Report on plague and inoculation in the Punjab from October 1st ... to September 30th..., being the ... season of plague in the province
Disease focus: Plague
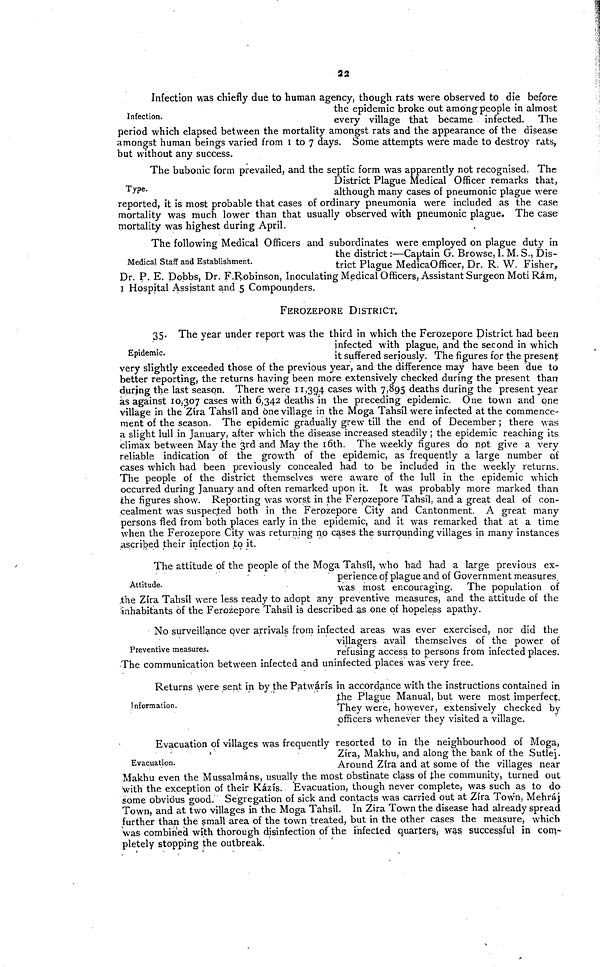
22
Infection.
Infection was chiefly due to human agency, though rats were observed to die before
the epidemic broke out among people in almost
every village that became infected. The
period which elapsed between the mortality amongst rats and the appearance of the disease
amongst human beings varied from 1 to 7 days. Some attempts were made to destroy rats,
but without any success.
Type.
The bubonic form prevailed, and the septic form was apparently not recognised. The
District Plague Medical Officer remarks that,
although many cases of pneumonic plague were
reported, it is most probable that cases of ordinary pneumonia were included as the case
mortality was much lower than that usually observed with pneumonic plague. The case
mortality was highest during April.
Medical Staff and Establishment.
The following Medical Officers and subordinates were employed on plague duty in
the district :—Captain G. Browse, I. M. S., Dis-
trict Plague MedicaOfficer, Dr. R. W. Fisher,
Dr. P. E. Dobbs, Dr. F.Robinson, Inoculating Medical Officers, Assistant Surgeon MotiRám,
1 Hospital Assistant and 5 Compounders.
FEROZEPORE DISTRICT.
Epidemic.
35. The year under report was the third in which the Ferozepore District had been
infected with plague, and the second in which
it suffered seriously. The figures for the present
very slightly exceeded those of the previous year, and the difference may have been due to
better reporting, the returns having been more extensively checked during the present than
during the last season. There were 11,394 cases with 7,895 deaths during the present year
as against 10,307 cases with 6,342 deaths in the preceding epidemic. One town and one
village in the Zíra Tahsíl and one village in the Moga Tahsíl were infected at the commence-
ment of the season. The epidemic gradually grew till the end of December ; there was
a slight lull in January, after which the disease increased steadily ; the epidemic reaching its
climax between May the 3rd and May the 16th. The weekly figures do not give a very
reliable indication of the growth of the epidemic, as frequently a large number of
cases which had been previously concealed had to be included in the weekly returns.
The people of the district themselves were aware of the lull in the epidemic which
occurred during January and often remarked upon it. It was probably more marked than
the figures show. Reporting was worst in the Ferpzepore Tahsíl, and a great deal of con-
cealment was suspected both in the Ferpzepore City and Cantonment. A great many
persons fled from both places early in the epidemic, and it was remarked that at a time
when the Ferozepore City was returning no cases the surrounding villages in many instances
ascribed their infection to it.
Attitude.
The attitude of the people of the Moga Tahsíl, who had had a large previous ex-
perience of plague and of Government measures,
was most encouraging. The population of
,the Zíra Tahsíl were less ready to adopt any preventive measures, and the attitude of the
inhabitants of the Ferozepore Tahsíl is described as one of hopeless apathy.
Preventive measures.
No surveillance over arrivals from infected areas was ever exercised, nor did the
villagers avail themselves of the power of
refusing access to persons from infected places.
The communication between infected and uninfected places was very free.
Information.
Returns were sent in by the Patwárís in accordance with the instructions contained in
the Plague Manual, but were most imperfect.
They were, however, extensively checked by
officers whenever they visited a village.
Evacuation.
Evacuation of villages was frequently resorted to in the neighbourhood of Moga,
Zíra, Makhu, and along the bank of the Sutlej.
Around Zíra and at some of the villages near
Makhu even the Mussalmáns, usually the most obstinate class of the community, turned out
with the exception of their Kázís. Evacuation, though never complete, was such as to do
some obvious good. Segregation of sick and contacts was carried out at Zíra Town, Mehráj
Town, and at two villages in the Moga Tahsíl. In Zíra Town the disease had already spread
further than the small area of the town treated, but in the other cases the measure, which
was combined with thorough disinfection of the infected quarters., was successful in com-
pletely stopping the outbreak.